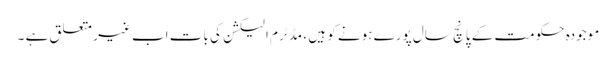
موجودہ حکومت کے پانچ سال پورے ہونے کو ہیں ، مڈٹرم الیکشن کی بات اب غیر متعلق ہے ۔